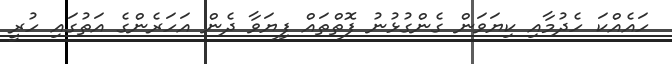
ހައެއްކަ ހެދުމާއި ކިޔަވަން ގެންގުޅުނު ފޮތްތައް ފިޔަވާ ދެން އަހަރެންގެ އަތުގައި ހުރީ